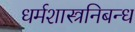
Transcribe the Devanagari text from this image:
धर्मशास्त्रनिबन्ध